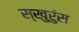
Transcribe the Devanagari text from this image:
स्खुरुंस